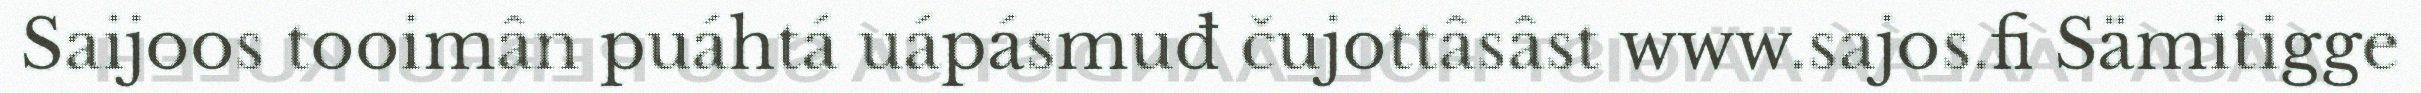
Saijoos tooimân puáhtá uápásmuđ čujottâsâst www.sajos.fi Sämitigge